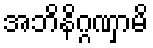
အဘိနိဂ္ဂဏှာမိ